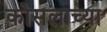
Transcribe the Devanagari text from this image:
कोसलाच्या